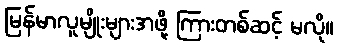
မြန်မာလူမျိုးများအဖို့ ကြားတစ်ဆင့် မလို။